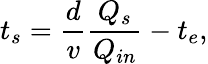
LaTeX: t_{s}=\frac{d}{v}\frac{Q_{s}}{Q_{in}}-t_{e},